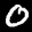
Label: 0